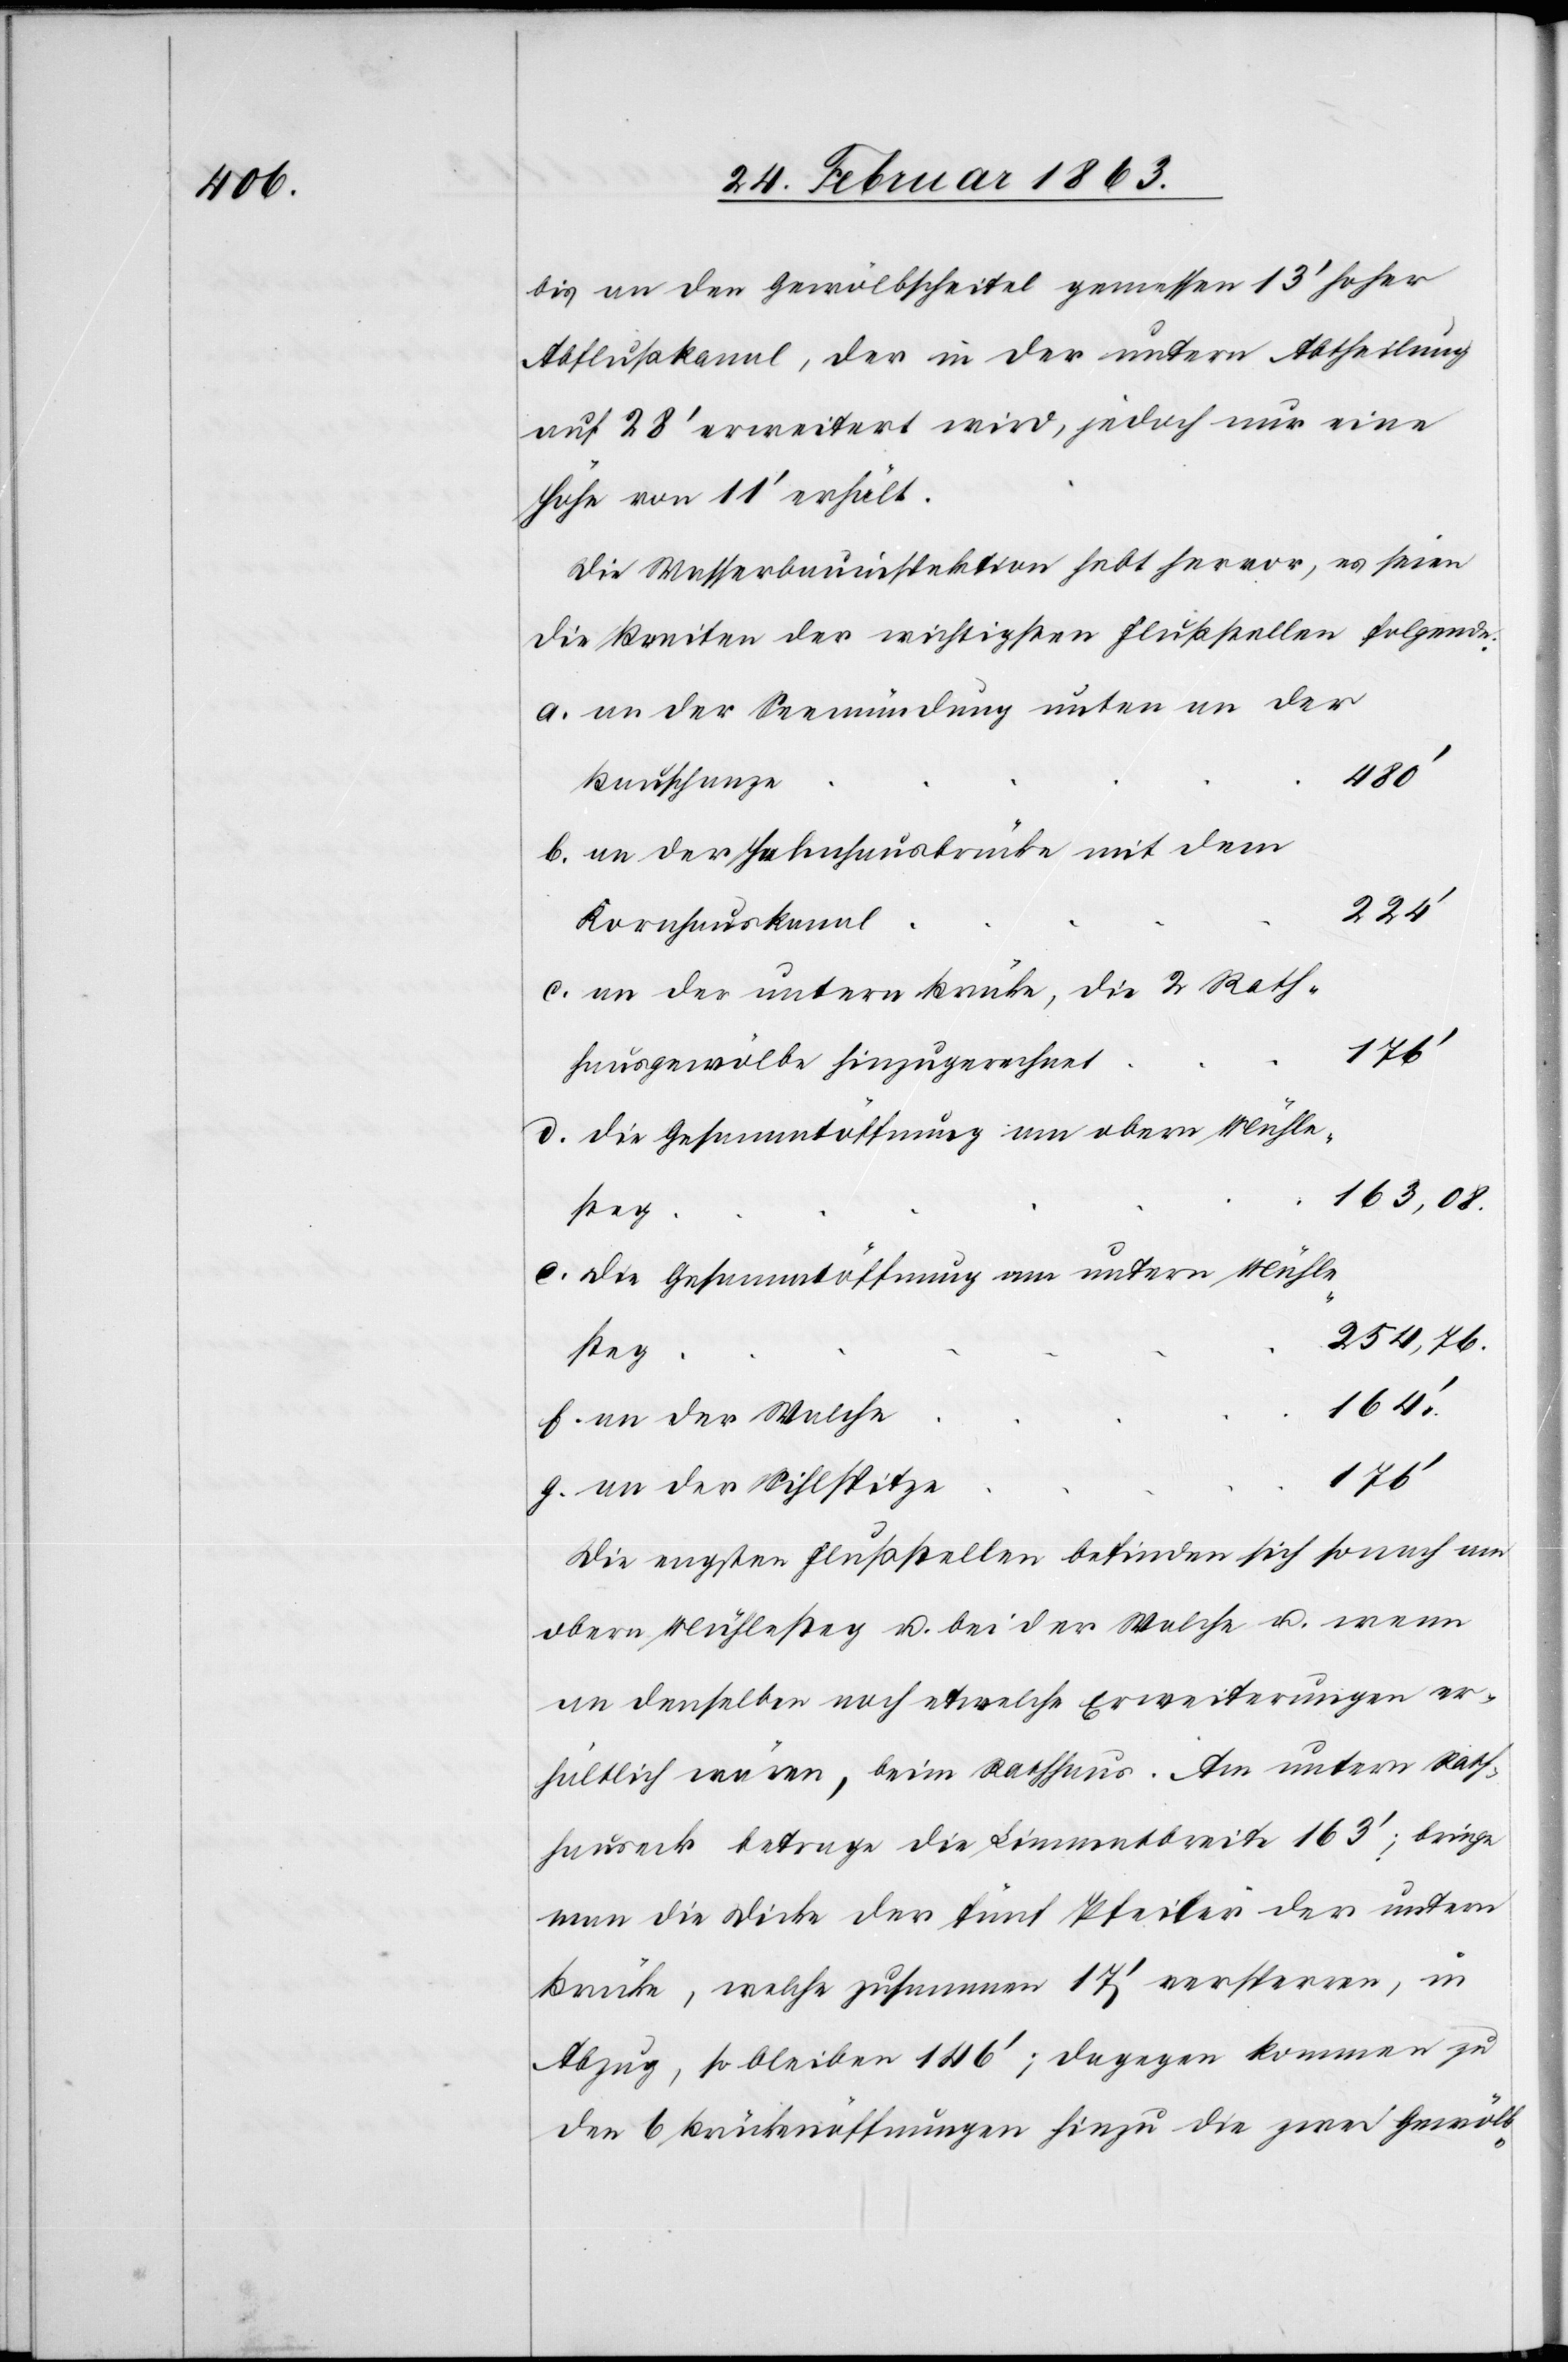
bis an den Gewölbscheitel gemessen 13' hoher
Abflußkanal, der in der untern Abtheilung
auf 28' erweitert wird, jedoch nur eine
Höhe von 11' erhält.
Die Wasserbauinspektion hebt hervor, es seien
die Breiten der wichtigsten Flußstellen folgende:
a. an der Seemündung unten an der
b. an der Helmhausbrücke mit dem
l	224'
Kornhauskana¬
c. an der untern Brücke die 2 Rath¬
e	176'
hausgewölbe hinzugerechne¬
d. die Gesammtöffnung am obern Mühle¬
g	163,08.
ste¬
e. die Gesammtöffnung am untern Mühle¬
g	254,76.
f. an der Walch¬
e	164.'
g. an der Sihlspitz¬
Die engsten Flußstellen befinden sich sonach am
obern Mühlesteg u. bei der Walche u. wenn
an denselben noch etwelche Erweiterungen er¬
hältlich wären, beim Rathhaus. Am untern Rath¬
hauseck betrage die Limmatbreite 163'; bringe
man die Dicke der fünf Pfeiler der untern
Brücke, welche zusammen 17' versperren, in
Abzug, so bleiben 146'; dagegen kommen zu
den 6 Brückenöffnungen hinzu die zwei Gewölb-